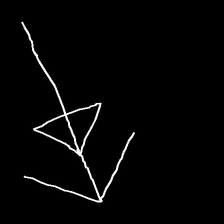
Glyph: pull